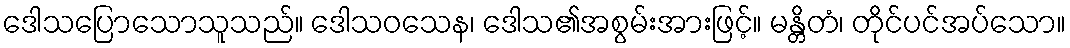
ဒေါသပြောသောသူသည်။ ဒေါသဝသေန၊ ဒေါသ၏အစွမ်းအားဖြင့်။ မန္တိတံ၊ တိုင်ပင်အပ်သော။